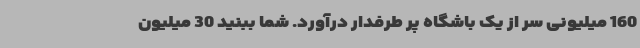
160 میلیونی سر از یک باشگاه پر طرفدار درآورد. شما ببنید 30 میلیون